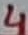
Text: 4